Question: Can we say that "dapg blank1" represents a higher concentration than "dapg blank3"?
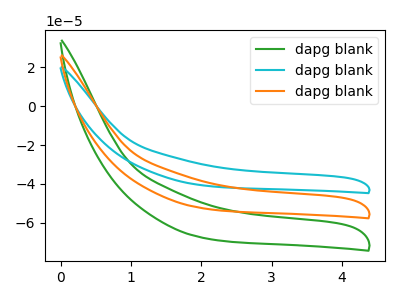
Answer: <think>The green curve "dapg blank1" has no peaks. The cyan curve "dapg blank2" has no peaks. The orange curve "dapg blank3" has no peaks.
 Neither "dapg blank1" or "dapg blank3" have any peaks.</think>
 <answer>I cant tell if "dapg blank1" or "dapg blank3" has higher concentration.</answer>
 <eval>mixed_concentration</eval>